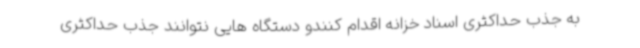
به جذب حداکثری اسناد خزانه اقدام کنندو دستگاه هایی نتوانند جذب حداکثری